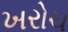
ખરોચ